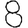
Digit: 8